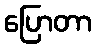
ပြောတာ